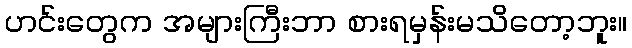
ဟင်းတွေက အများကြီးဘာ စားရမှန်းမသိတော့ဘူး။